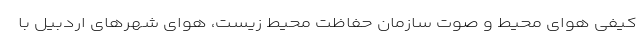
کیفی هوای محیط و صوت سازمان حفاظت محیط زیست، هوای شهرهای اردبیل با